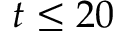
t \leq 2 0